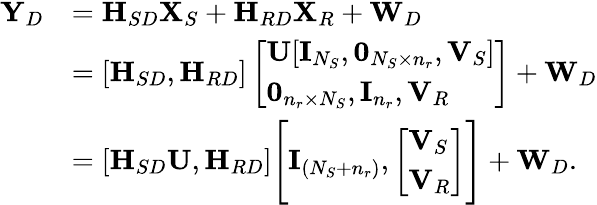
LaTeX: \begin{array}{rl}{{\mathbf Y}_{D}}&{={\textbf H}_{SD}{\mathbf X}_{S}+{\textbf H}_{RD}{\mathbf X}_{R}+{\mathbf W}_{D}}\\ &{=[{\textbf H}_{SD},{\textbf H}_{RD}]\left[\begin{array}{l}{{\mathbf U}[{\mathbf I}_{N_{S}},\mathbf{0}_{N_{S}\times n_{r}},{\mathbf V}_{S}]}\\ {\mathbf{0}_{n_{r}\times N_{S}},{\mathbf I}_{n_{r}},{\mathbf V}_{R}}\end{array}\right]+{\mathbf W}_{D}}\\ &{=[{\textbf H}_{SD}{\mathbf U},{\textbf H}_{RD}]\Bigg[{\mathbf I}_{(N_{S}+n_{r})},\left[\begin{array}{l}{{\mathbf V}_{S}}\\ {{\mathbf V}_{R}}\end{array}\right]\Bigg]+{\mathbf W}_{D}.}\end{array}